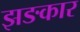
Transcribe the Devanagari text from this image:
झङकार